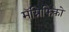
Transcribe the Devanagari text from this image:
मॅग्निफिको